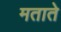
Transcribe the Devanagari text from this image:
मताते